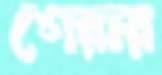
গেরার